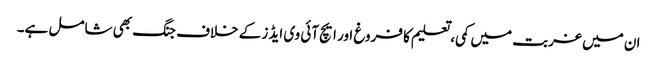
ان میں غربت میں کمی، تعلیم کا فروغ اور ایچ آئی وی ایڈز کے خلاف جنگ بھی شامل ہے۔